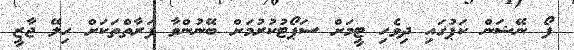
ފޯ ނޭޝަން ކަޕުގައި ދިވެހި ޓީމަށް ސަޕޯޓުކުރުމަށް ބޭނުންވާ ފަރާތްތަކަށް ހިލޭ ޖާޒީ